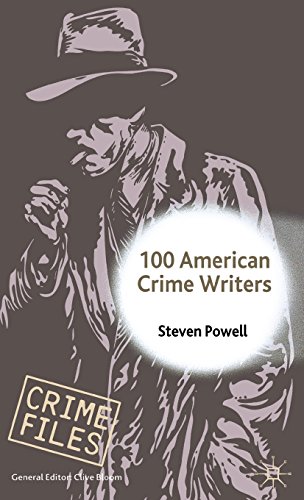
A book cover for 100 American Crime Writers (Crime Files); Mystery, Thriller & Suspense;